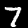
Digit: 7